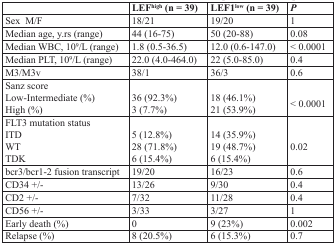
|  | LEFhigh (n = 39) | LEF1low (n = 39) | P |
 | --- | --- | --- | --- |
 | Sex M/F | 18/21 | 19/20 | 1 |
 | Median age, y.rs (range) | 44 (16-75) | 50 (20-88) | 0.08 |
 | Median WBC, 109/L (range) | 1.8 (0.5-36.5) | 12.0 (0.6-147.0) | < 0.0001 |
 | Median PLT, 109/L (range) | 22.0 (4.0-464.0) | 22 (5.0-85.0) | 0.4 |
 | M3/M3v | 38/1 | 36/3 | 0.6 |
 | Sanz scoreLow-Intermediate (%)High (%) | 36 (92.3%)3 (7.7%) | 18 (46.1%)21 (53.9%) | < 0.0001 |
 | FLT3 mutation statusITDWTTDK | 5 (12.8%)28 (71.8%)6 (15.4%) | 14 (35.9%)19 (48.7%)6 (15.4%) | 0.02 |
 | bcr3/bcr1-2 fusion transcript | 19/20 | 16/23 | 0.6 |
 | CD34 +/− | 13/26 | 9/30 | 0.4 |
 | CD2 +/− | 7/32 | 11/28 | 0.4 |
 | CD56 +/− | 3/33 | 3/27 | 1 |
 | Early death (%) | 0 | 9 (23%) | 0.002 |
 | Relapse (%) | 8 (20.5%) | 6 (15.3%) | 0.7 |